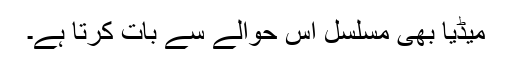
میڈیا بھی مسلسل اس حوالے سے بات کرتا ہے۔